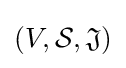
(V,{\mathcal {S}},{\mathfrak {J}})